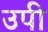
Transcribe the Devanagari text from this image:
उपी